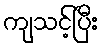
ကျသင့်ပြီး